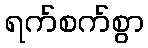
ရက်စက်စွာ